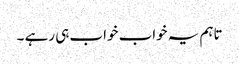
تاہم یہ خواب خواب ہی رہے ۔